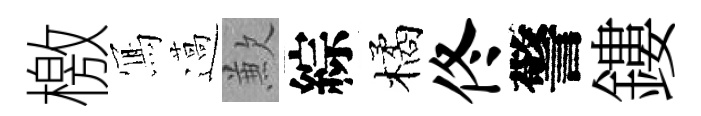
檄𭂁薖歉綜橘佟警鏤